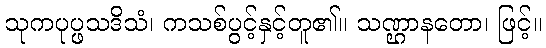
သုကပုပ္ဖသဒိသံ၊ ကသစ်ပွင့်နှင့်တူ၏။ သဏ္ဌာနတော၊ ဖြင့်။